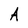
Character: A